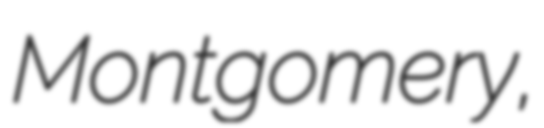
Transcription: Montgomery,